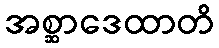
အစ္ဆာဒေထာတိ